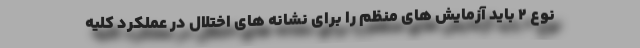
نوع 2 باید آزمایش های منظم را برای نشانه های اختلال در عملکرد کلیه